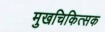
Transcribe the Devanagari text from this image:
मुखचिकित्सक